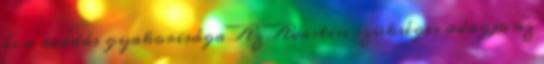
és a beadás gyakorisága Az Avastin szükséges adagja az